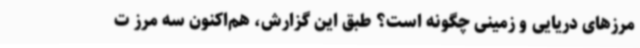
مرزهای دریایی و زمینی چگونه است؟ طبق این گزارش، هم‌اکنون سه مرز ت